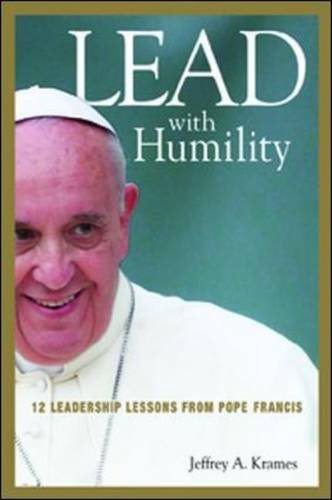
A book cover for Lead with Humility: 12 Leadership Lessons from Pope Francis; Jeffrey A. Krames; Christian Books & Bibles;